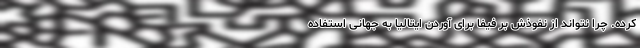
کرده. چرا نتواند از نفوذش بر فیفا برای آوردن ایتالیا به جهانی استفاده